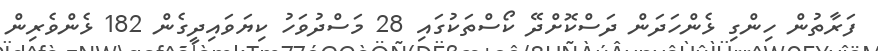
ފަރާތުން ހިންގި ޅެންހަދަން ދަސްކޮށްދޭ ކޯސްތަކުގައި 28 މަސްދުވަހު ކިޔަވައިދީގެން 182 ޅެންވެރިން